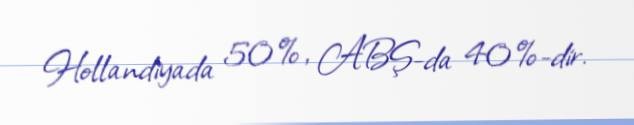
Hollandiyada 50%, ABŞ-da 40%-dir.